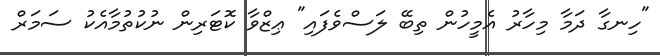
"ހިނގާ ދަމާ މިހާރު އެމީހުން ތިބޭ ލަސްވެފައި" ޢިޒްވާ ކޮޓަރިން ނުކުތުމާއެކު ސަމަރް